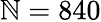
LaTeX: \mathbb{N}=840